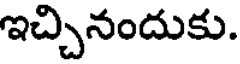
ఇచ్చినందుకు.